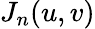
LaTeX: J_{n}(u,v)